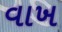
વાખ